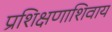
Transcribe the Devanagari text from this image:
प्रशिक्षणाशिवाय